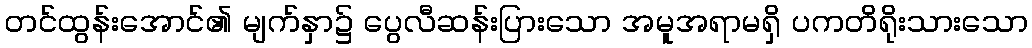
တင်ထွန်းအောင်၏ မျက်နှာ၌ ပွေလီဆန်းပြားသော အမူအရာမရှိ ပကတိရိုးသားသော